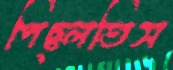
পিছ্‌লতিস